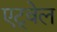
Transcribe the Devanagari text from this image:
एट्वेल